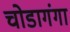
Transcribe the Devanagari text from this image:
चोडागंगा